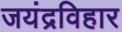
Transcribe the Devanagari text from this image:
जयंद्रविहार